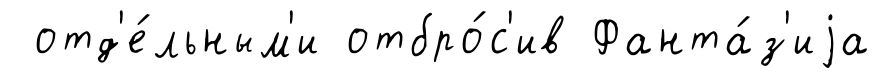
отд'е́льным'и отбро́с'ив Фанта́з'иjа